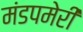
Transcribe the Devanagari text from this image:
मंडपमेरी